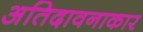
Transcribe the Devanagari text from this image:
अतिदावनाकार